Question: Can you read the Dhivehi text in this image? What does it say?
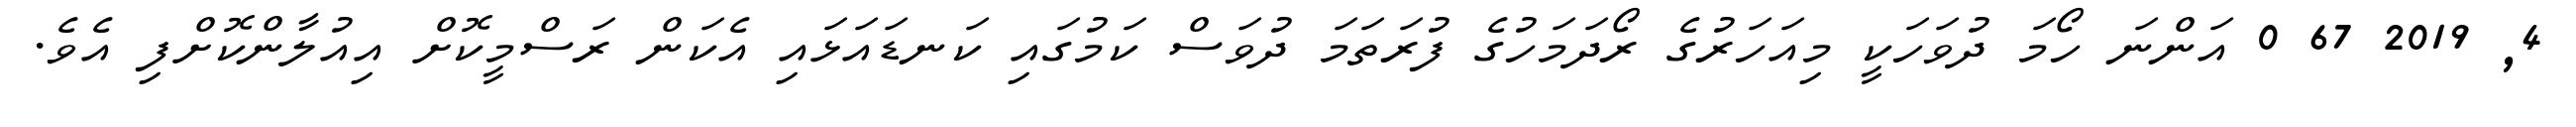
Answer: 4, 2019 67 0 އަންނަ ހޯމަ ދުވަހަކީ މިއަހަރުގެ ރޯދަމަހުގެ ފުރަތަމަ ދުވަސް ކަމުގައި ކަނޑައަޅައި އެކަން ރަސްމީކޮށް އިއުލާންކޮށްފި އެވެ.